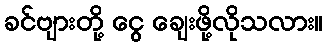
ခင်ဗျားတို့ ငွေ ချေးဖို့လိုသလား။